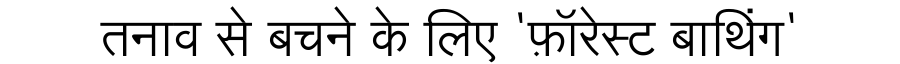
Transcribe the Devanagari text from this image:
तनाव से बचने के लिए 'फ़ॉरेस्ट बाथिंग'